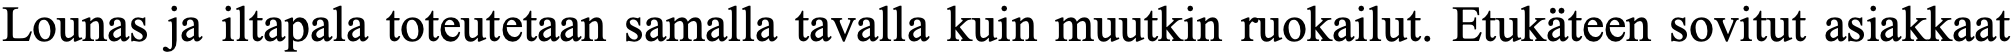
Lounas ja iltapala toteutetaan samalla tavalla kuin muutkin ruokailut. Etukäteen sovitut asiakkaat